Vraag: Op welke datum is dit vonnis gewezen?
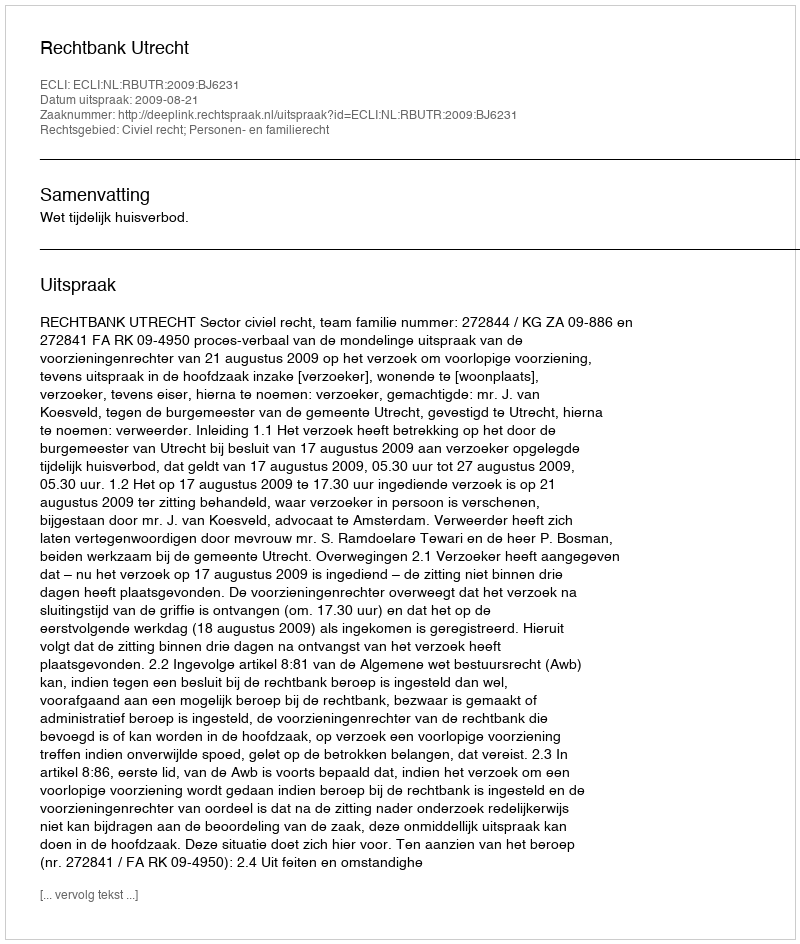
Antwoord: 2009-08-21